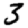
Digit: 3